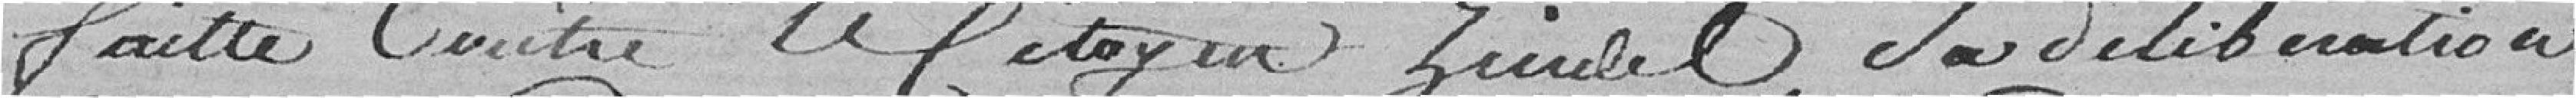
faite contre le citoyen Zuidel, sa délibération